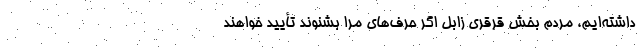
داشته‌ایم، مردم بخش قُرقُری زابل اگر حرف‌های مرا بشنوند تأیید خواهند